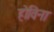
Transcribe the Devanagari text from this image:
होविना